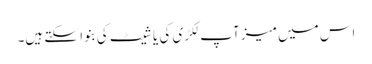
اس میں میز آپ لکڑی کی یا شیٹ کی بنوا سکتے ہیں۔